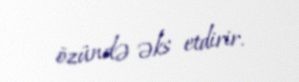
özündə əks etdirir.